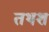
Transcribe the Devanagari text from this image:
तथश